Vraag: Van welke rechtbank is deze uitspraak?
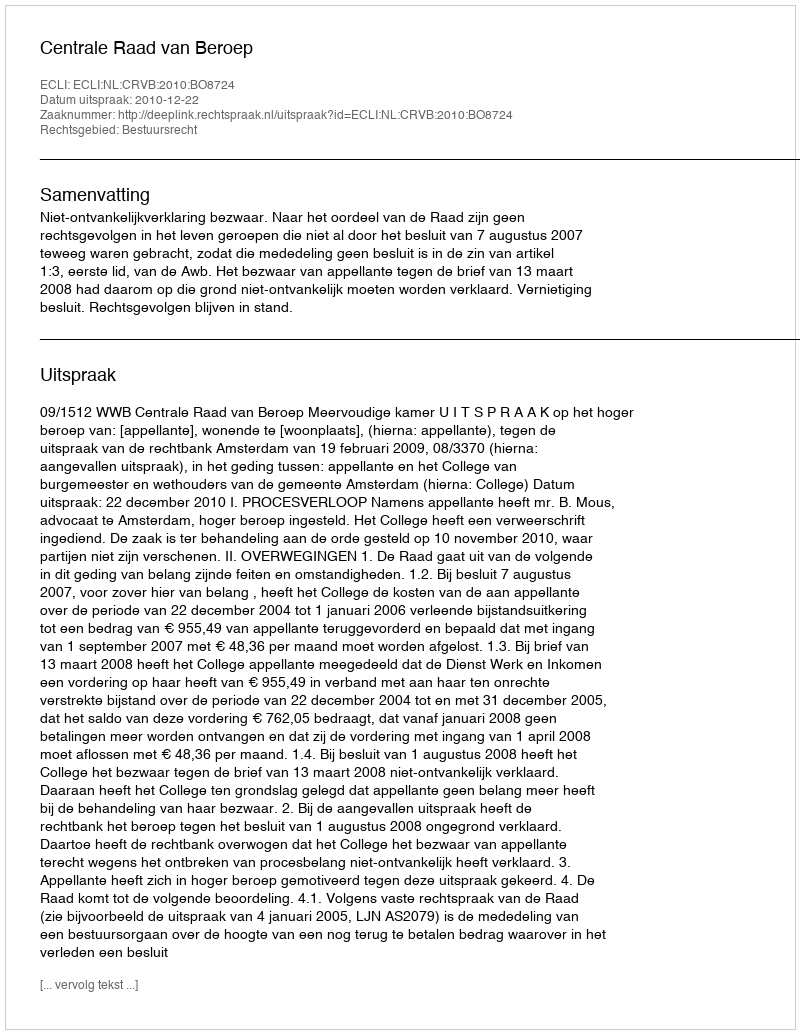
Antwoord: Centrale Raad van Beroep